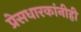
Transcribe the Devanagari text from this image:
प्रेसधारकांनीही